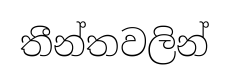
තීන්තවලින්